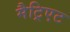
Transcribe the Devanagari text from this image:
मैट्रिएट